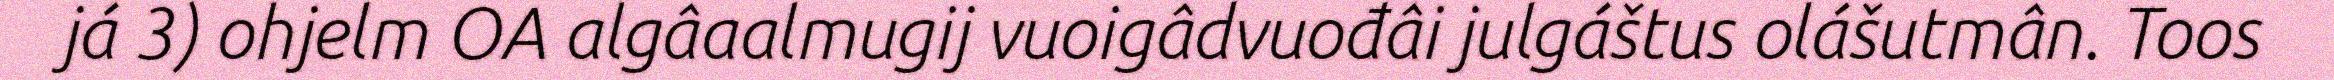
já 3) ohjelm OA algâaalmugij vuoigâdvuođâi julgáštus olášutmân. Toos